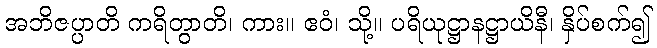
အဘိဇပ္ပာတိ ကရိတွာတိ၊ ကား။ ဧဝံ၊ သို့။ ပရိယုဋ္ဌာနဋ္ဌာယိနီ၊ နှိပ်စက်၍